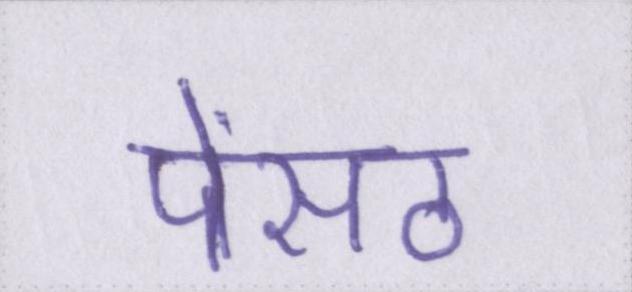
पेंसठ